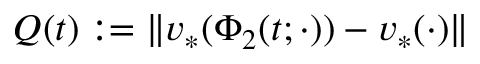
Q ( t ) : = \| v _ { * } ( \Phi _ { 2 } ( t ; \cdot ) ) - v _ { * } ( \cdot ) \|